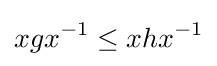
xgx^{-1}\leq xhx^{-1}